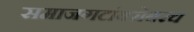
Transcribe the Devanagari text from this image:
समाजगटांबरोबरच